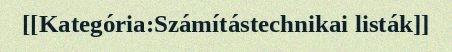
[[Kategória:Számítástechnikai listák]]